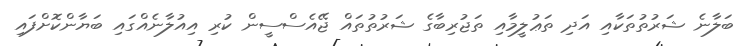
ބަލާނެ ޝަރުތުތަކާއި އަދި ތަޢުލީމާއި ތަޖުރިބާގެ ޝަރުތުތައް ޖޭއެސްސީން ކުރި އިއުލާނެއްގައި ބަޔާންކޮށްފައި